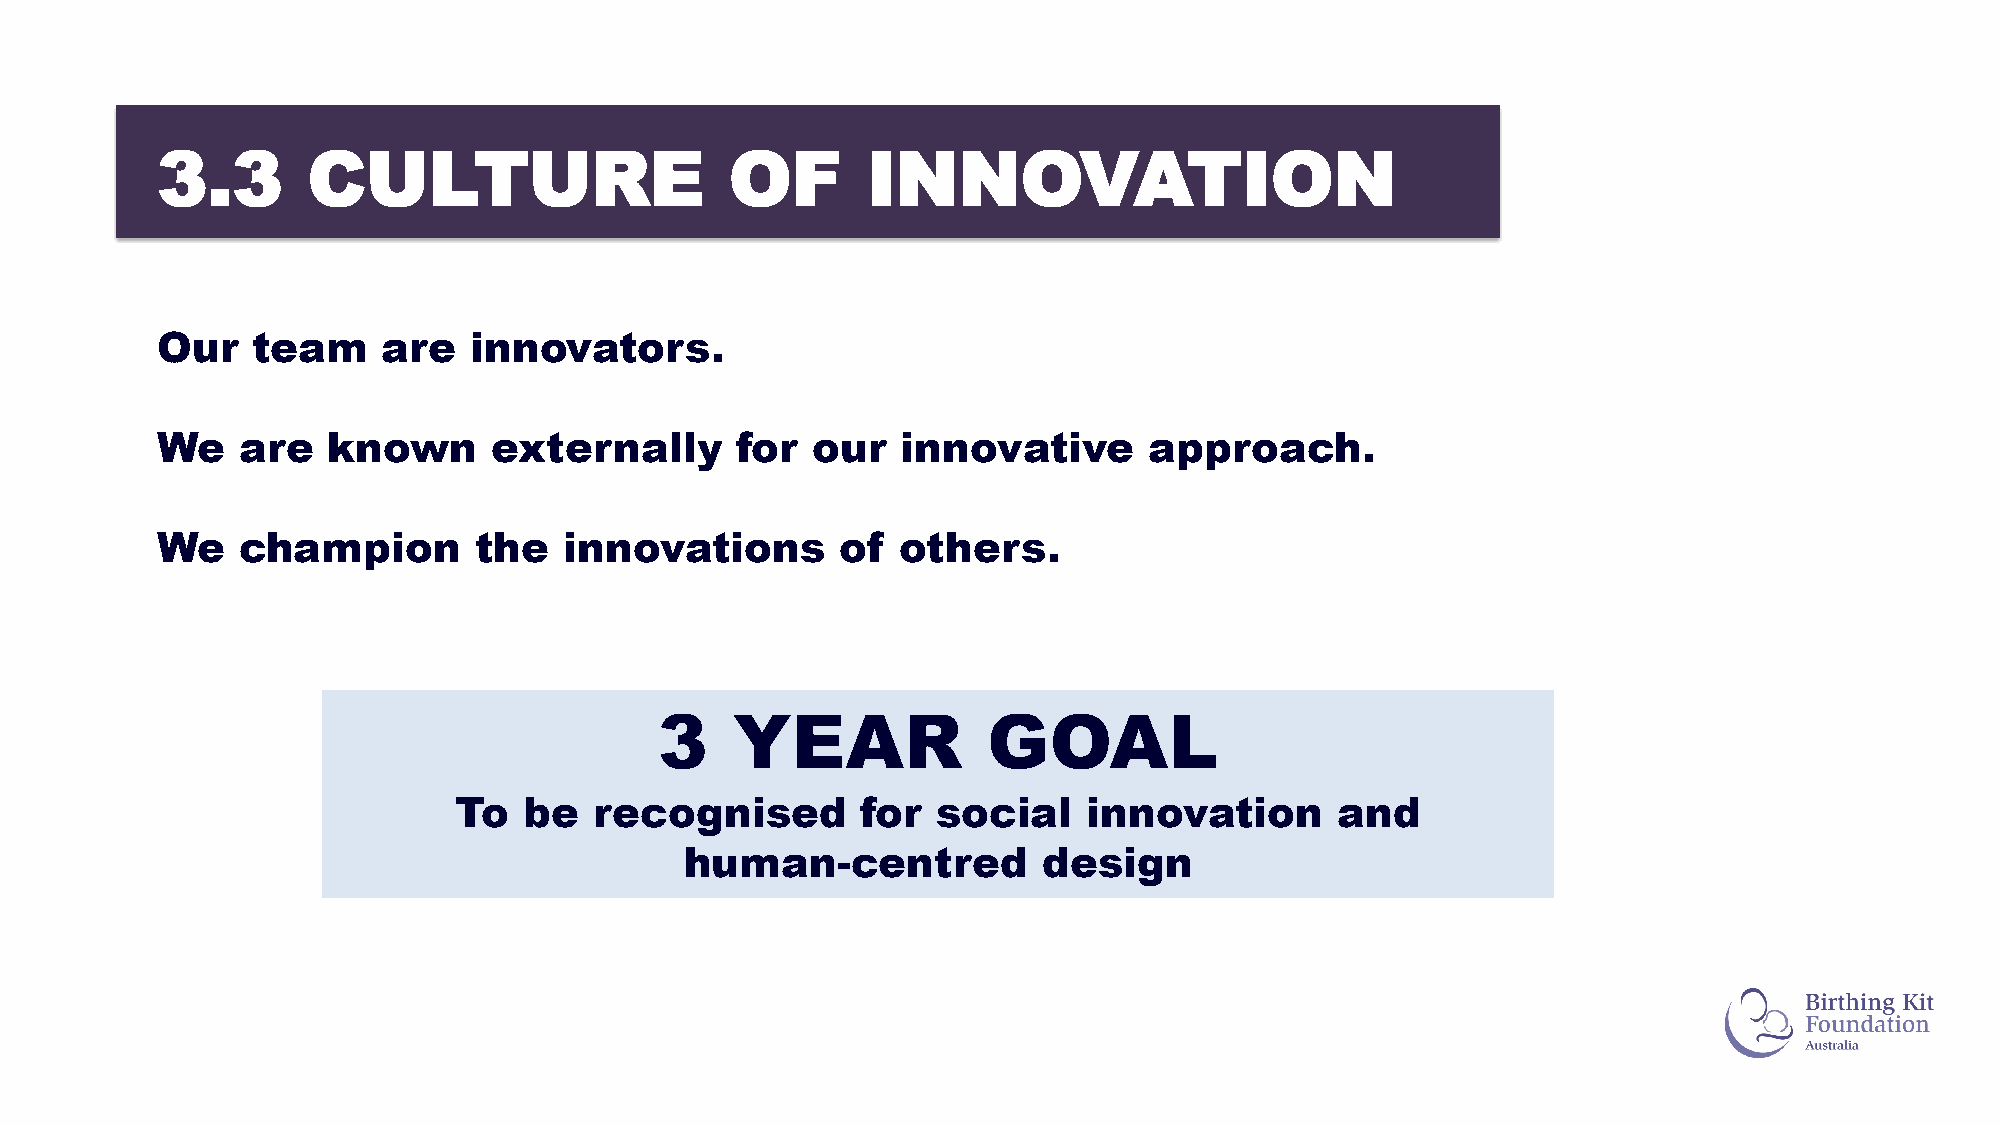
3.3       CULTURE                     OF       INNOVATION
 Our    team    are   innovators.
 We    are   known      externally      for  our   innovative      approach.
 We    champion       the   innovations        of  others.
 3   YEAR             GOAL
 To   be  recognised        for  social    innovation      and
 human-centred           design